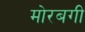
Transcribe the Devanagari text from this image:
मोरबगी